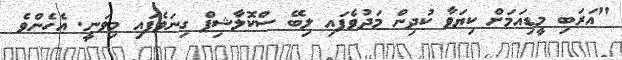
"އަރަބި މީޑިއަމަށް ކިޔަވާ ކުދިން މަދުވެފައި ލިބޭ ސްކޮލާޝިޕް ގިނަވެފައި މިވަނީ. އެހެންވެ